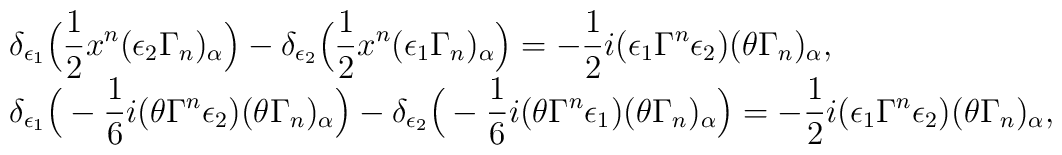
\begin{array}{l} \delta_{\epsilon_1}\Big(\displaystyle\frac 12 x^n(\epsilon_2\Gamma_n)_\alpha\Big)-\delta_{\epsilon_2}\Big(\frac 12 x^n(\epsilon_1\Gamma_n)_\alpha\Big)=-\frac 12i(\epsilon_1\Gamma^n\epsilon_2)(\theta\Gamma_n)_\alpha,\\\delta_{\epsilon_1}\Big(-\displaystyle\frac 16 i(\theta\Gamma^n\epsilon_2)(\theta\Gamma_n)_\alpha\Big)-\delta_{\epsilon_2}\Big(-\frac 16 i(\theta\Gamma^n\epsilon_1)(\theta\Gamma_n)_\alpha\Big)=-\frac12 i(\epsilon_1\Gamma^n\epsilon_2)(\theta\Gamma_n)_\alpha,\end{array}